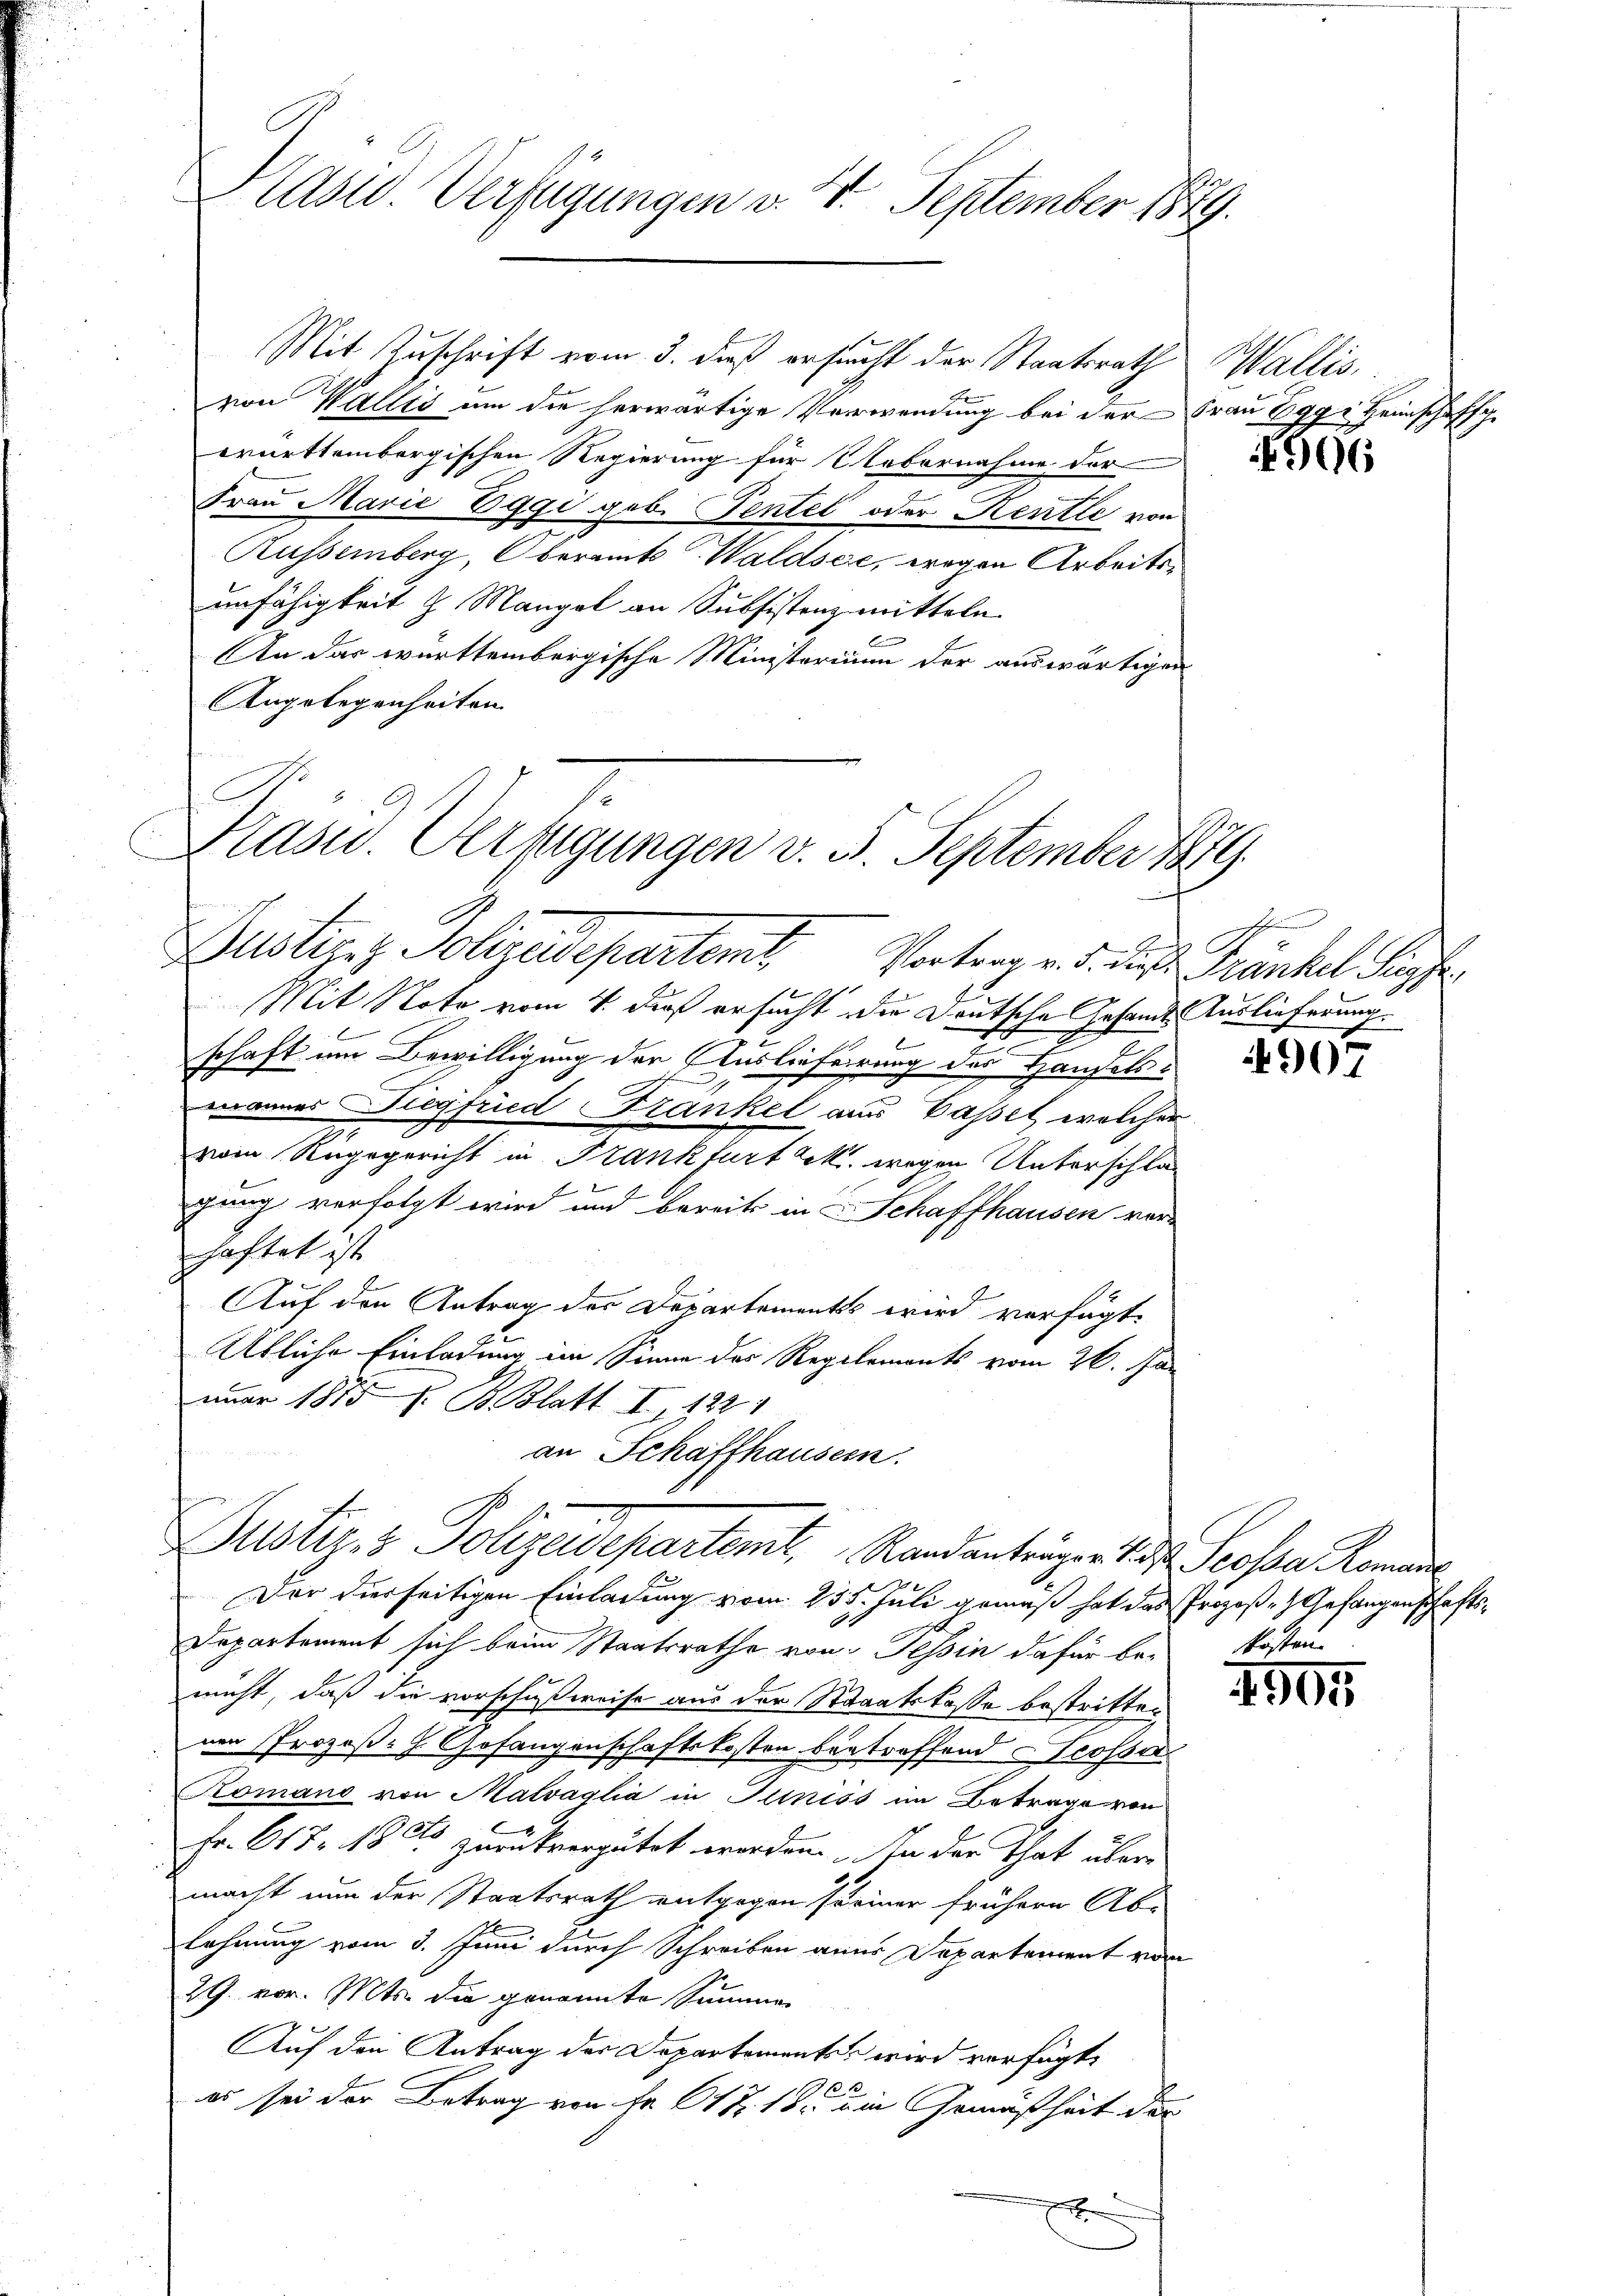
Dasw. Verfügungen v. 4. September 1849

Mit Zuschrift vom 3. daß ersucht der Staatsrath
von Wallis um die herwärtige Verwendung bei der
württembergischen Regierung für Uebernahme der
Frau Marie Eggi geb. Pentel oder Kentle von
Kussemberg, Oberamt Waldsee, wegen Arbeitsunfähigkeit 2 Mangel an Subsistenz mitteln
An das württembergische Ministerium der auswärtigen
Angelegenheiten
Mit Note vom 4. dieß ersucht die Deutsche Gesandts Auslieferung
schaft um Bewilligung der Auslieferung des Handelsmannes Diegfried Kränkel aus Capsel, welcher
vom Rugegericht in Frankfurt k. wegen Unterschlagung verfolgt wird und bereits in Schaffhausen vor-
haftet ist
Auf den Antrag der Departements wird verfügt,
g
Übliche Einladung im Sinne des Regilemonts vom 26. Jan
nuar 1855 s. B. Blatt I 1221
an Schaffhausern.
Duster, 3 Polizeidepartemt, Randanträger Jos. Scosa Romande
Der diesseitigen Einladung vom 235. Juli gemäß hat das Prozoße Gefangenschafts¬
Departement sich beim Staatsrathe von Tessin dafür bef
nicht, daß die vorschußweise aus der Staatskasse bestritten
von Prozeß- Gefangenschaftskosten betreffend Grossar
Komano von Malvaglia in Pliniss im Betrage von
Fr. 61 Fr. 1865 zurückvergütet werden. In der That übermacht nun der Staatsrath entgegen seiner frühern Abe
lehnung vom 3. Juni durch Schreiben aner Departement vom
29. vor. Mts. die genannte Summe
7
Auf den Antrag der Departementen wird verfügt,
es sei der Betrag von Fr. 617. 18. u. in Gemäßheit der
e

C
Prasw. Verfügungen v. 5. September 1879.
Justiz - Polizeisepartenit
Vortrag v. 5. die Tränkel Sipfe

Wallis.
Fraŭ Eggi Heinschaffh

906

4907

kosten.

4905